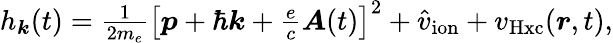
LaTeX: \begin{array}{r}{h_{\boldsymbol k}(t)=\frac{1}{2m_{e}}\left[\boldsymbol p+\hbar\boldsymbol k+\frac{e}{c}\boldsymbol A(t)\right]^{2}+\hat{v}_{\mathrm{ion}}+v_{\mathrm{Hxc}}(\boldsymbol r,t),}\end{array}